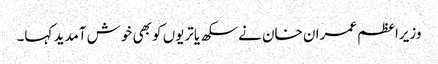
وزیراعظم عمران خان نے سکھ یاتریوں کو بھی خوش آمدید کہا۔